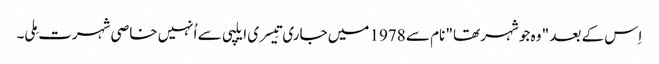
اِس کے بعد " وہ جو شہر تھا" نام سے 1978 میں جاری تِیسری ایلپی سے اُنہیں خاصی شہرت مِلی۔